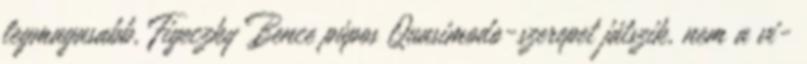
legmagasabb, Figeczky Bence púpos Quasimodo-szerepet játszik, nem a vi-